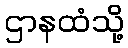
ဌာနထံသို့